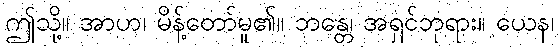
ဤသို့။ အာဟ၊ မိန့်တော်မူ၏။ ဘန္တေ၊ အရှင်ဘုရား။ ယေန၊